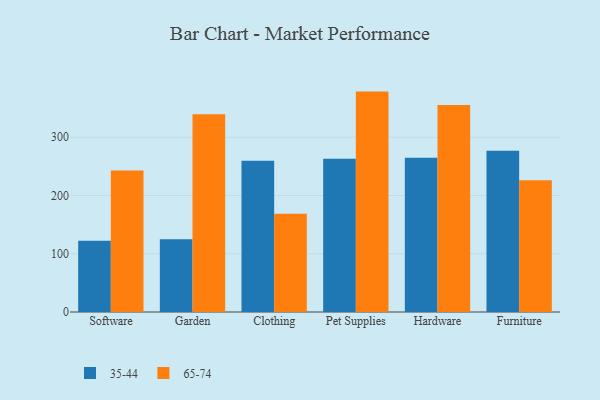
{"axis": {"x": "Category", "y": "Energy Usage (MWh)"}, "legend": ["35-44", "65-74"], "data": [{"x": "Software", "y": 122.1, "type": "35-44"}, {"x": "Software", "y": 242.7, "type": "65-74"}, {"x": "Garden", "y": 125.0, "type": "35-44"}, {"x": "Garden", "y": 339.5, "type": "65-74"}, {"x": "Clothing", "y": 259.6, "type": "35-44"}, {"x": "Clothing", "y": 168.8, "type": "65-74"}, {"x": "Pet Supplies", "y": 263.1, "type": "35-44"}, {"x": "Pet Supplies", "y": 378.3, "type": "65-74"}, {"x": "Hardware", "y": 264.9, "type": "35-44"}, {"x": "Hardware", "y": 355.4, "type": "65-74"}, {"x": "Furniture", "y": 276.6, "type": "35-44"}, {"x": "Furniture", "y": 226.3, "type": "65-74"}]}